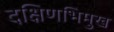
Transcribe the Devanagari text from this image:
दक्षिणभिमुख